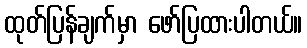
ထုတ်ပြန်ချက်မှာ ဖော်ပြထားပါတယ်။